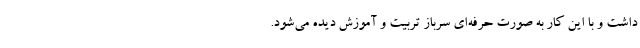
داشت و با این کار به صورت حرفه‌ای سرباز تربیت و آموزش دیده می‌شود.